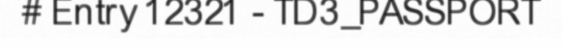
# Entry 12321 - TD3_PASSPORT